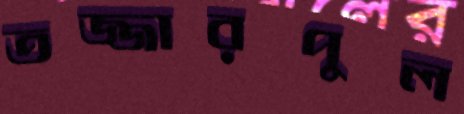
তজ্জারপুল